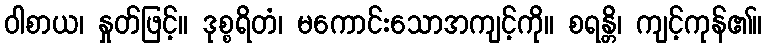
ဝါစာယ၊ နှုတ်ဖြင့်။ ဒုစ္စရိတံ၊ မကောင်းသောအကျင့်ကို။ စရန္တိ၊ ကျင့်ကုန်၏။